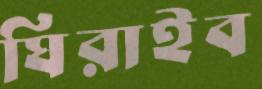
ঘিরাইব